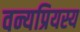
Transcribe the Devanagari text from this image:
वन्यप्रियस्य